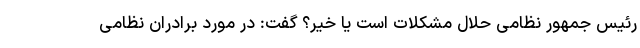
رئیس جمهور نظامی حلال مشکلات است یا خیر؟ گفت: در مورد برادران نظامی